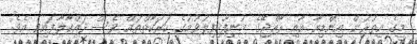
މީގެ އިތުރުން އިންޑިއާ އާއި ރާއްޖޭގެ މުނިފޫހިފިލުވުމުގެ ހަރަކާތްތައް ވެސް ދައްކާލާފައިވެ އެވެ.